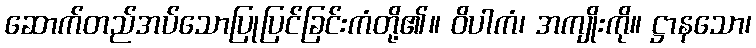
ဆောက်တည်အပ်သောပြုပြင်ခြင်းကံတို့၏။ ဝိပါကံ၊ အကျိုးကို။ ဋ္ဌာနသော၊